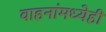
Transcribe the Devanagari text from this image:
वाहनांमध्येही